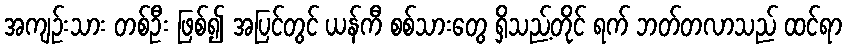
အကျဉ်းသား တစ်ဦး ဖြစ်၍ အပြင်တွင် ယန်ကီ စစ်သားတွေ ရှိသည့်တိုင် ရက် ဘတ်တလာသည် ထင်ရာ